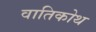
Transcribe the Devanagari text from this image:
वातिकोथ